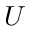
U